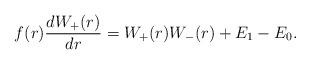
LaTeX: \begin{align*} f(r) \frac{dW_+(r)}{dr} = W_+(r) W_-(r) + E_1 - E_0. \end{align*}